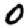
Digit: 0